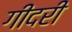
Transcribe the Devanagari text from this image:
गीदरी